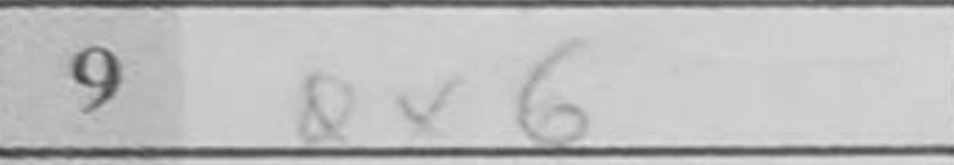
Transcription: Qx6